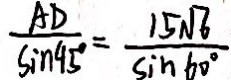
\frac { A D } { \sin 4 5 ^ { \circ } } = \frac { 1 5 \sqrt { 6 } } { \sin 6 0 ^ { \circ } }